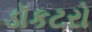
ડૉકટરો